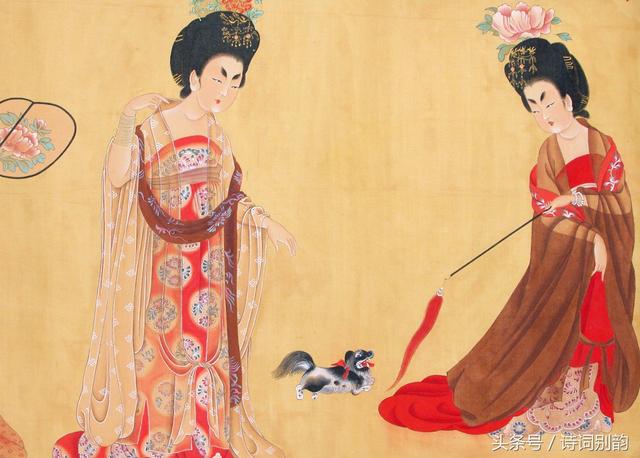
美人梳洗时，满头间珠翠。